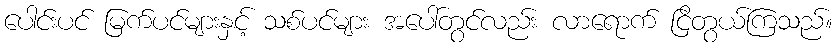
ပေါင်းပင် မြက်ပင်များနှင့် သစ်ပင်များ အပေါ်တွင်လည်း လာရောက် ငြိတွယ်ကြသည်။